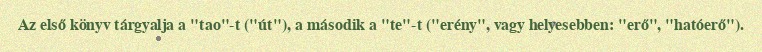
Az első könyv tárgyalja a "tao"-t ("út"), a második a "te"-t ("erény", vagy helyesebben: "erő", "hatóerő").